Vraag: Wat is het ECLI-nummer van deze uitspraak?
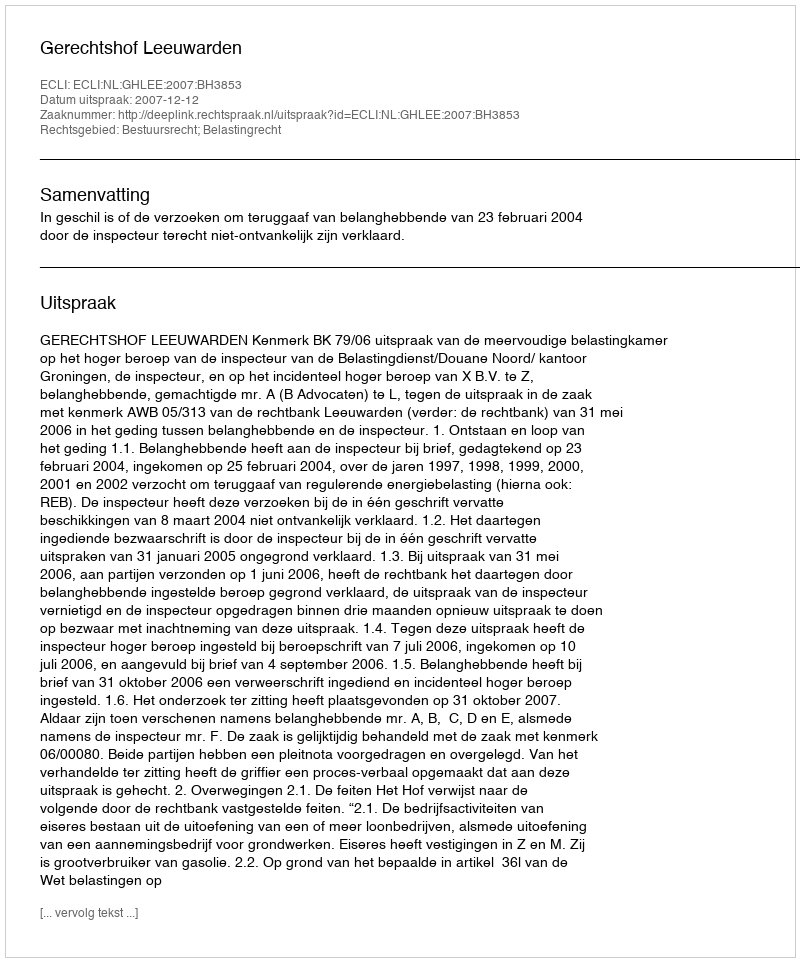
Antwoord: ECLI:NL:GHLEE:2007:BH3853